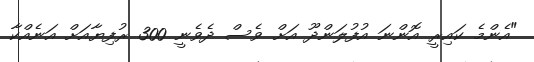
"އެންމެ ކައިރީ އޮންނަ އުފުލަންދޫ އަށް ވެސް ދެވެނީ 300 ރުފިޔާއަށް އަނެއްކާ